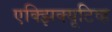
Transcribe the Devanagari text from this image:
एक्झिक्यूटिव्ह